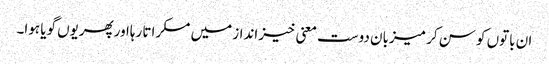
ان باتوں کو سن کر میزبان دوست معنی خیز انداز میں مسکراتا رہااورپھریوں گویا ہوا۔